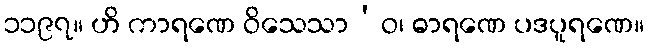
၁၁၉၇။ ဟိ ကာရဏေ ဝိသေသာ’ဝ၊ ဓာရဏေ ပဒပူရဏေ။